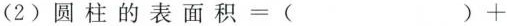
(2)圆柱的表面积$$= ( ) +$$